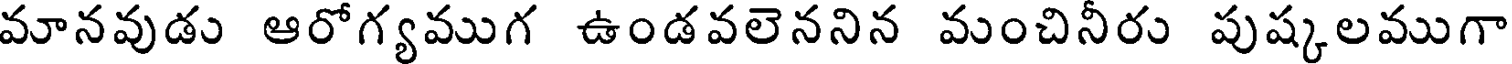
మానవుడు ఆరోగ్యముగ ఉండవలెననిన మంచినీరు పుష్కలముగా